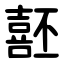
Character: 噽